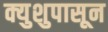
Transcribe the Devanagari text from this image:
क्युशुपासून